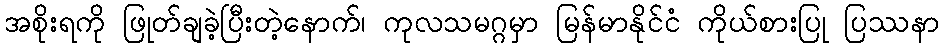
အစိုးရကို ဖြုတ်ချခဲ့ပြီးတဲ့နောက်၊ ကုလသမဂ္ဂမှာ မြန်မာနိုင်ငံ ကိုယ်စားပြု ပြဿနာ